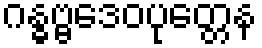
ဂန္ဓဗ္ဗဒေဝပုတ္တေန